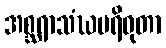
အစ္ဆရာသံဃပရိဝုတာ